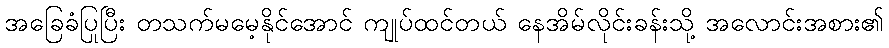
အခြေခံပြုပြီး တသက်မမေ့နိုင်အောင် ကျုပ်ထင်တယ် နေအိမ်လိုင်းခန်းသို့ အလောင်းအစား၏